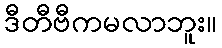
ဒီတီဗီကမလာဘူး။